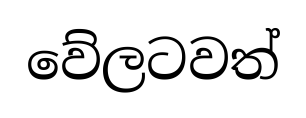
වේලටවත්